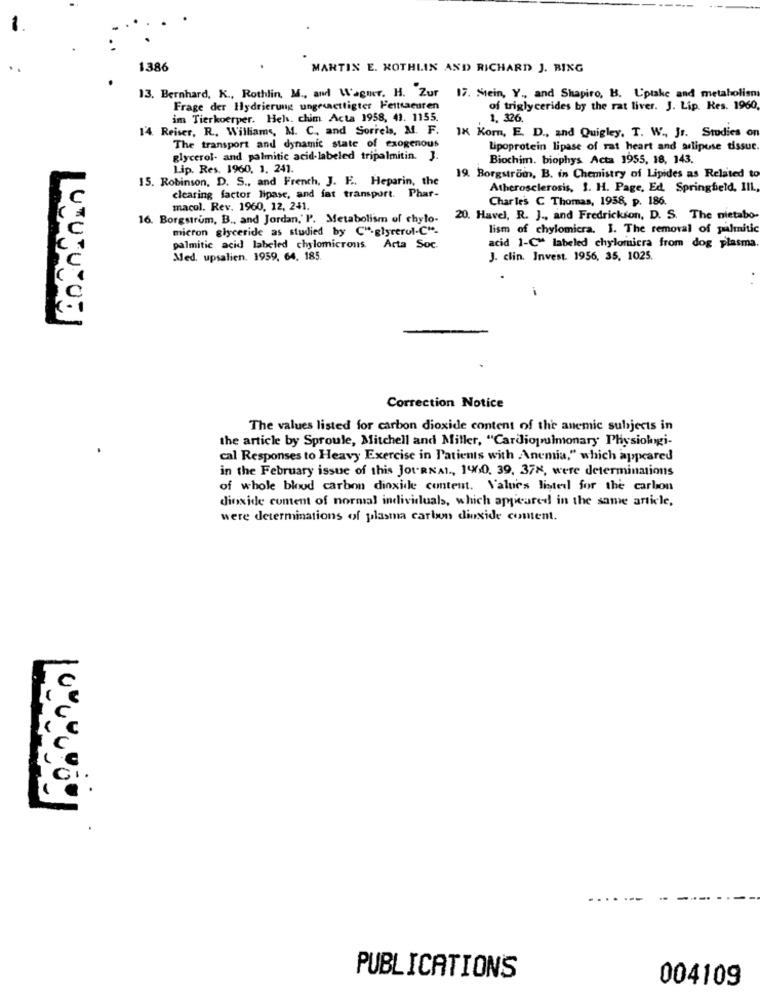
1.386
MARTIN E. KOTHLIN AND RICHARD J. BING
13. Bernhard, K ., Rothlin, M ., and Wagnt. H. Zur
17. Stein, Y ., and Shapiro, B. Uptake and metaholisn
Frage der Hlydrierung ungesettigter Heltsacuren
of triglycerides by the rat liver. J. Lip. Res. 1960,
im Tierkoerper. Hels. chim Acta 1958, 41. 1155.
1. 326.
14. Reiser, R. Williams, M. C ., and Soriels, M. F.
IK Kom, E. D ., and Quigley. T. W ., Jr. Studies on
The transport and dynamic state of exogenous
Lipoprotein lipase of rat heart and alipose tissue.
glycerol- and palmitic acid-labeled tripalmitin. J.
Biochim. biophys Acta 1955, 18, 143.
Lip. Res. 1960. 1. 241.
15. Robinson, D. S ., and French, J. E. Heparin, the
19. Borgstrom, B. in Chemistry of Lipides as Related to
Atherosclerosis, 1. H. Page, Ed. Springfield, IIL.
clearing factor lipase, and fat transport. Phar-
Charles C Thomas, 1958, p. 186.
macol. Rev. 1960, 12, 241.
16. Borgstrum, B ., and Jordan,' P. Metabolism of chylo-
20. Havel, R. J ., and Fredrickson, D. S. The nietabo-
micron glyceride as studied by C"e-glyrerul-C"-
lism of chylomicra. I. The removal of palmitic
palmitic acid labeled chylomicrons. Acta Soc.
acid 1-C" labeled chylomicra from dog plasma
Med. upsalien. 1959, 64. 185.
J. clin. Invest. 1956, 35, 1025.
URURU OF
Correction Notice
The values listed for carbon dioxide content of the anemic subjects in
the article by Sproule, Mitchell and Miller, "Cardiopulmonary Physiologi-
cal Responses to Heavy Exercise in Patients with Anemia," which appeared
in the February issue of this JotRNAI ., 1960, 39, 378, were determinations
of whole blood carbon dioxide content. Values listed for the carbon
dioxide content of normal individuals, which appeared in the same article,
were determinations of plasma carbon dioxide coment.
PUBLICATIONS
004109